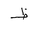
Letter: _za